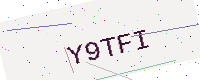
Text: Y9TFI